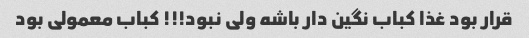
قرار بود غذا کباب نگین دار باشه ولی نبود!!! کباب معمولی بود